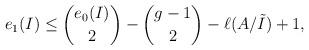
LaTeX: \begin{align*}e_1(I) \le \binom{e_0(I)}{2} - \binom{g - 1}{2} - \ell(A/\tilde{I}) +1,\end{align*}